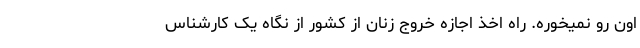
اون رو نمیخوره. راه اخذ اجازه خروج زنان از کشور از نگاه یک کارشناس